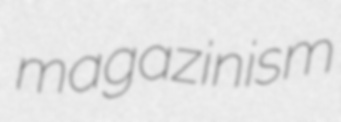
magazinism